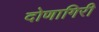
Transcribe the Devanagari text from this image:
दोणागिरी